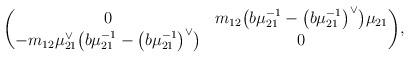
LaTeX: \begin{gather*} \begin{pmatrix} 0&m_{12}\big(b\mu_{21}^{-1}-\big(b\mu_{21}^{-1}\big)^\vee\big)\mu_{21}\\ -m_{12}\mu_{21}^\vee\big(b\mu_{21}^{-1}-\big(b\mu_{21}^{-1}\big)^\vee\big) & 0 \end{pmatrix}\!, \end{gather*}